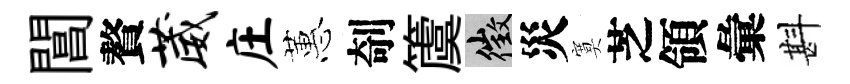
閶贅葳庄蕙剞𥵂徵災寞芝領彙斟